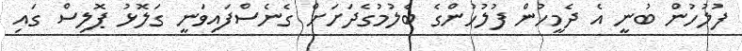
ފުލުހުން ބުނީ އެ ދެމީހުން ފުލުހުންގެ ބެލުމުގެދަށަށް ގެނެސްފައިވަނީ ގަލޮޅު ޕޮލިސް ގައި